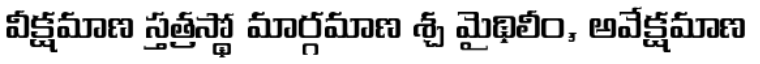
వీక్షమాణ స్తత్రస్థో మార్గమాణ శ్చ మైథిలీం, అవేక్షమాణ